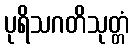
ပုရိသဂတိသုတ္တံ